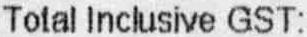
TOTAL INCLUSIVE GST: